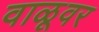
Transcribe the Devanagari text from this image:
वाळूवर